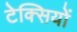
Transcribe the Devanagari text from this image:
टेक्सियों